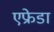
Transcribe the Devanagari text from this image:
एफ्रेडा